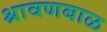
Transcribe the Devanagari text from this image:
श्रावणबाळ